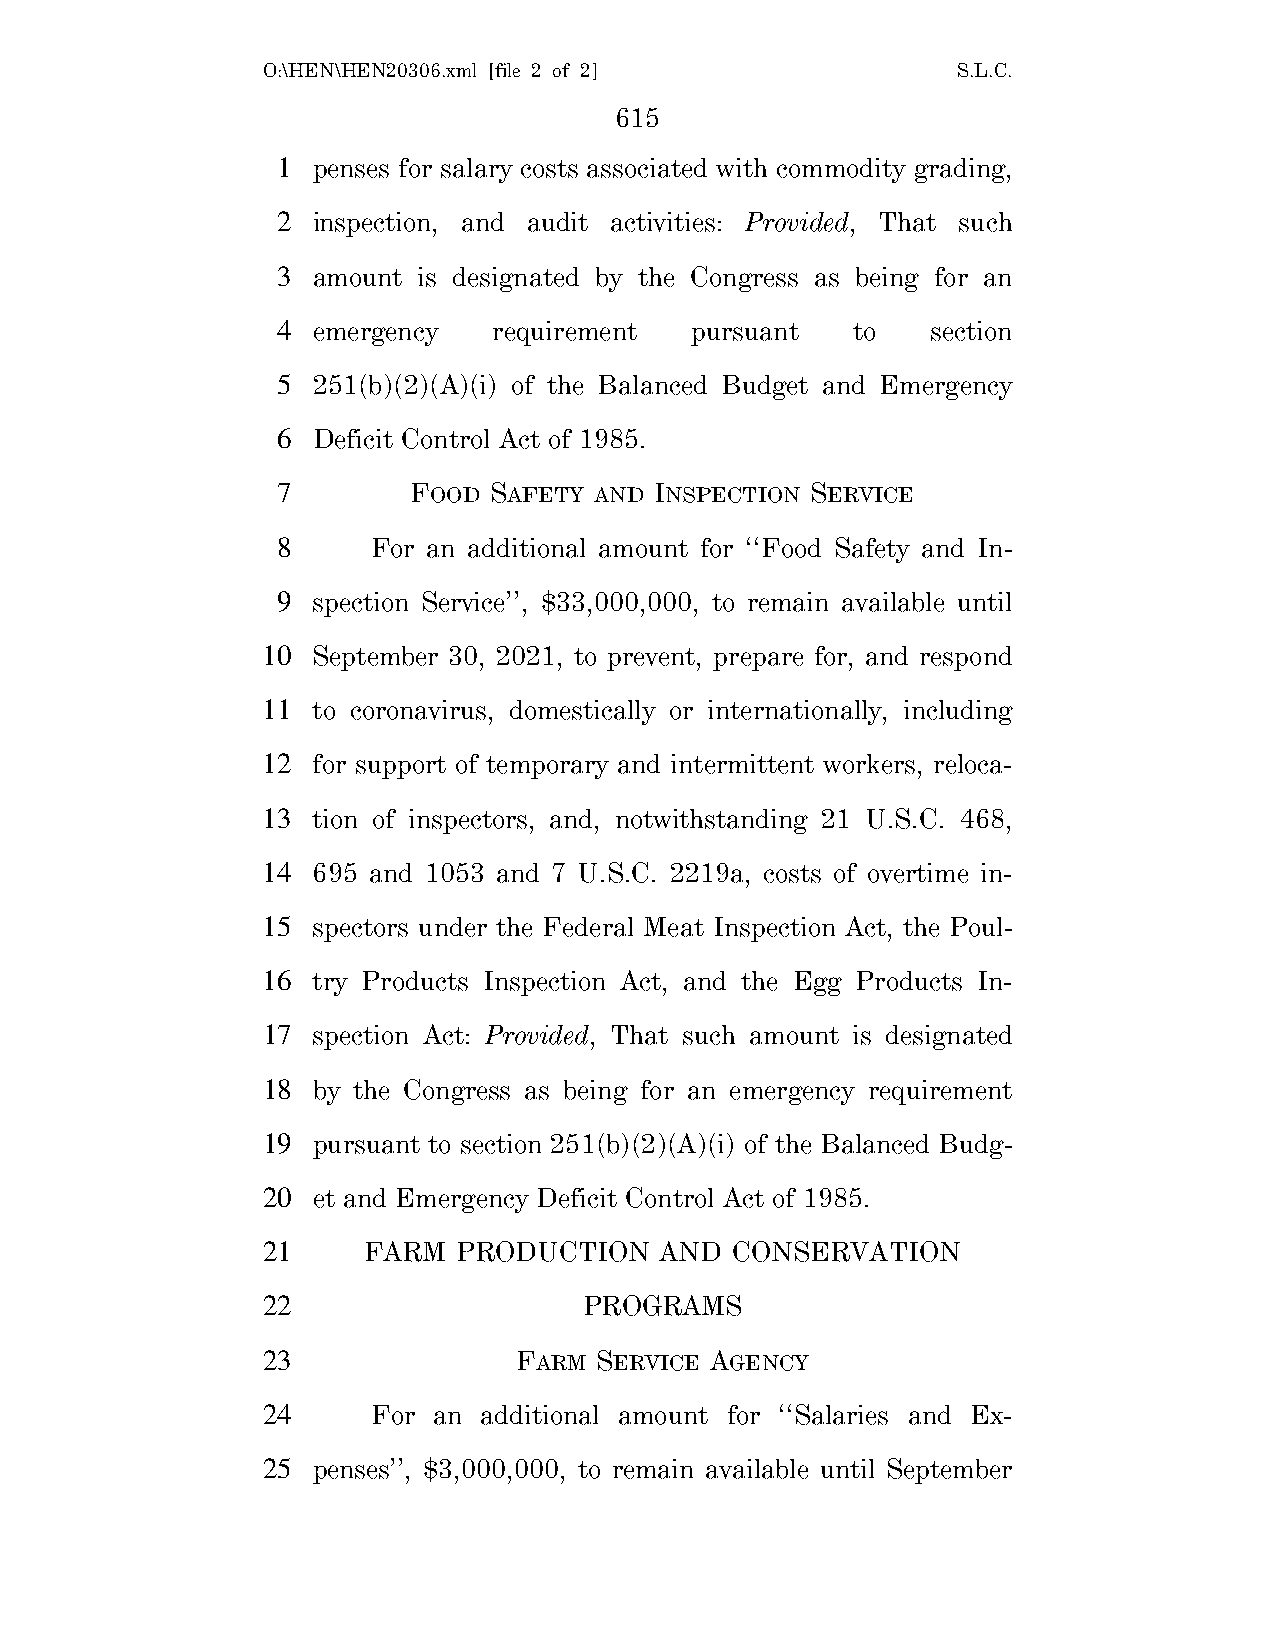
O:\HEN\HEN20306.xml [file 2 of 2]             S.L.C.
 615
 1  penses for salary costs associated with commodity grading,
 2  inspection, and audit activities: Provided, That such
 3  amount is designated by the Congress as being for an
 4  emergency   requirement  pursuant  to    section
 5  251(b)(2)(A)(i) of the Balanced Budget and Emergency
 6  Deficit Control Act of 1985.
 7        FOOD SAFETY AND INSPECTION SERVICE
 8      For an additional amount for ‘‘Food Safety and In-
 9  spection Service’’, $33,000,000, to remain available until
 10  September 30, 2021, to prevent, prepare for, and respond
 11  to coronavirus, domestically or internationally, including
 12  for support of temporary and intermittent workers, reloca-
 13  tion of inspectors, and, notwithstanding 21 U.S.C. 468,
 14  695 and 1053 and 7 U.S.C. 2219a, costs of overtime in-
 15  spectors under the Federal Meat Inspection Act, the Poul-
 16  try Products Inspection Act, and the Egg Products In-
 17  spection Act: Provided, That such amount is designated
 18  by the Congress as being for an emergency requirement
 19  pursuant to section 251(b)(2)(A)(i) of the Balanced Budg-
 20  et and Emergency Deficit Control Act of 1985.
 21     FARM  PRODUCTION    AND CONSERVATION
 22                    PROGRAMS
 23               FARM SERVICE AGENCY
 24      For an additional amount for ‘‘Salaries and Ex-
 25  penses’’, $3,000,000, to remain available until September